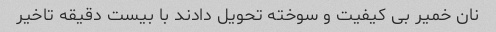
نان خمیر بی کیفیت و سوخته تحویل دادند با بیست دقیقه تاخیر